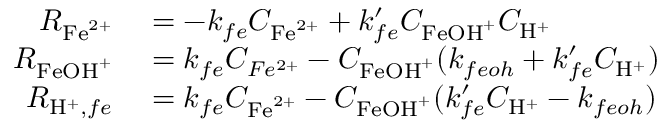
\begin{array} { r l } { R _ { \mathrm { F e } ^ { 2 + } } } & { { } = - k _ { f e } C _ { \mathrm { F e } ^ { 2 + } } + k _ { f e } ^ { \prime } C _ { \mathrm { F e O H } ^ { + } } C _ { \mathrm { H } ^ { + } } } \\ { R _ { \mathrm { F e O H } ^ { + } } } & { { } = k _ { f e } C _ { F e ^ { 2 + } } - C _ { \mathrm { F e O H } ^ { + } } ( k _ { f e o h } + k _ { f e } ^ { \prime } C _ { \mathrm { H } ^ { + } } ) } \\ { R _ { \mathrm { H } ^ { + } , f e } } & { { } = k _ { f e } C _ { \mathrm { F e } ^ { 2 + } } - C _ { \mathrm { F e O H } ^ { + } } ( k _ { f e } ^ { \prime } C _ { \mathrm { H } ^ { + } } - k _ { f e o h } ) } \end{array}